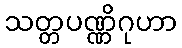
သတ္တပဏ္ဏိဂုဟာ